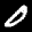
Label: 0